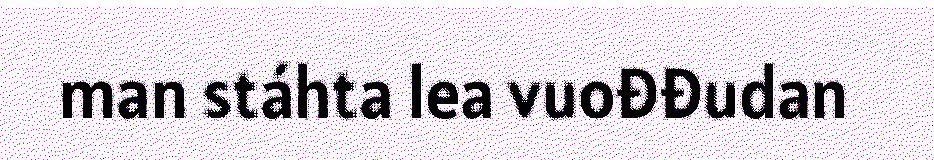
man stáhta lea vuođđudan